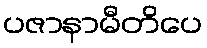
ပဇာနာမီတိပေ